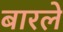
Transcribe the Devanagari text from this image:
बारले